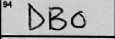
Transcription: DBO